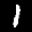
Label: 1